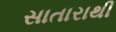
સાતારાથી